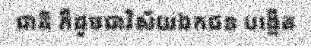
ជាតិ ក៏ដូចជាវិស័យឯកជន បង្កើត